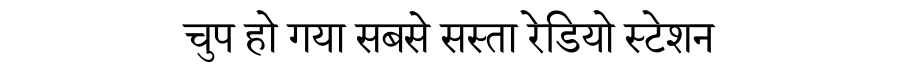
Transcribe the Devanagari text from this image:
चुप हो गया सबसे सस्ता रेडियो स्टेशन